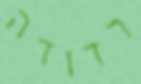
רדודה